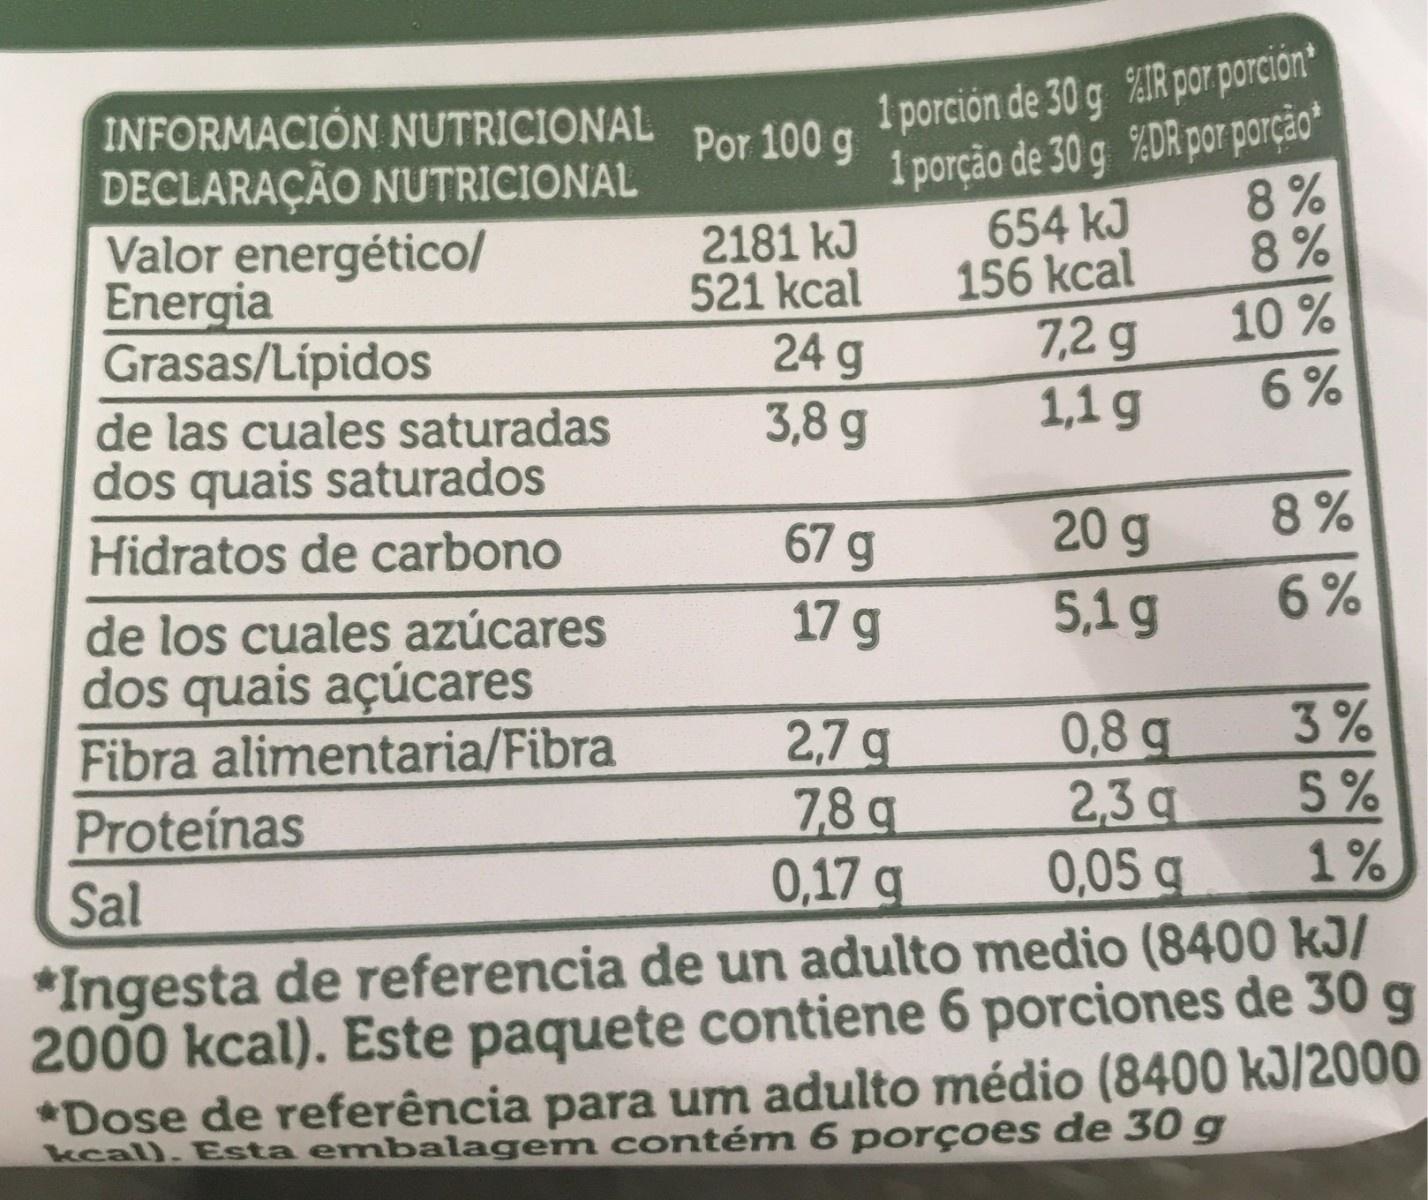
INFORMACIÓN NUTRICIONAL DECLARAÇÃO NUTRICIONAL Valor energético/ Energia Grasas/Lípidos 1 porción de 30 g %IR por porción 1 porção de 30 g %DR por porção* 654 kJ 156 kcal 7,2 g 1,1 g Por 100 g 8% 8% 2181 kJ 521 kcal 24 g 3,8 g 10 % 6% de las cuales saturadas dos quais saturados 67 g 20 g 8% Hidratos de carbono 17 g 5,1g 6 % de los cuales azúcares dos quais açúcares Fibra alimentaria/Fibra Proteinas Sal 3% 2,7 g 7,8 q 0,17 g 0,8 g 2,3 q 0,05 g 5% 1% *Ingesta de referencia de un adulto medio (8400 kJ/ 2000 kcal). Este paquete contiene 6 porciones de 30 g *Dose de referência para um adulto médio (8400 kJ/2000 kcal). Esta embalagem contém 6 porçoes de 30 g